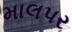
માલપર